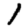
Digit: 1